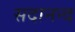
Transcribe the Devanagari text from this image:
सदानन्‍द